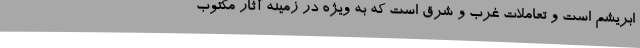
ابریشم است و تعاملات غرب و شرق است که به ویژه در زمینه آثار مکتوب